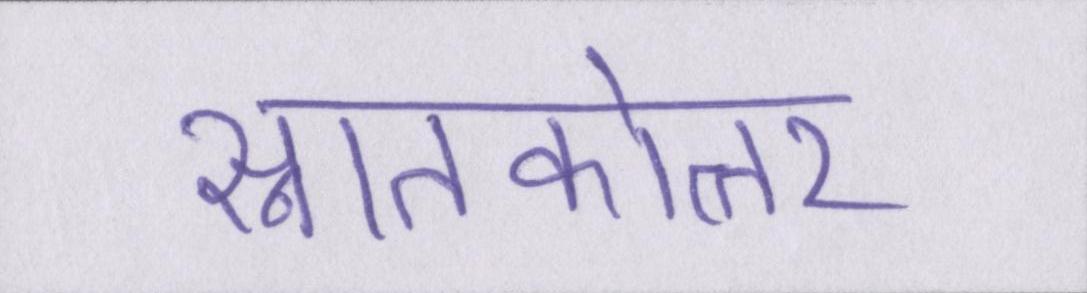
स्नातकोत्तर